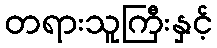
တရားသူကြီးနှင့်